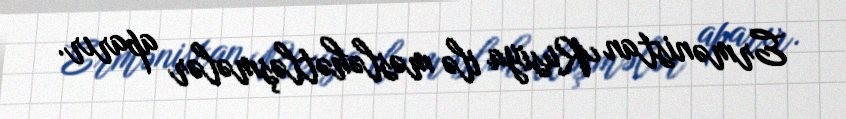
Ermənistan Rusiya ilə məsləhətləşmələr aparır.